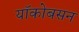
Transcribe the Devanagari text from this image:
यॉकोबसन